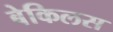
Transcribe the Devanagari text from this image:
बेकिलस